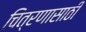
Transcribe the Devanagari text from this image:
चित्रणासाठी